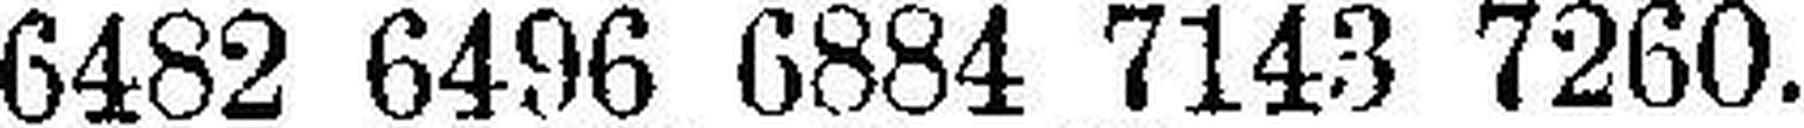
6482 6496 6884 7143 7260.